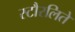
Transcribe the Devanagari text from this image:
स्टौरलिते